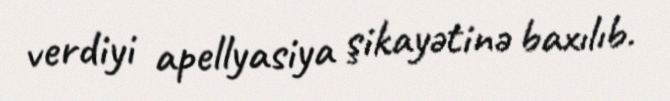
verdiyi apellyasiya şikayətinə baxılıb.